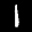
Label: 1